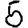
Digit: 5